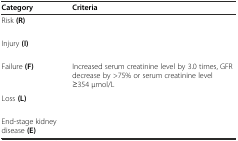
<table><thead><tr><td><b>Category</b></td><td><b>Criteria</b></td></tr></thead><tbody><tr><td>Risk <b>(R)</b></td><td>[EMPTY_CELL]</td></tr><tr><td>Injury <b>(I)</b></td><td>[EMPTY_CELL]</td></tr><tr><td>Failure <b>(F)</b></td><td>Increased serum creatinine level by 3.0 times, GFR decrease by &gt;75% or serum creatinine level ≥354 μmol/L</td></tr><tr><td>Loss <b>(L)</b></td><td>[EMPTY_CELL]</td></tr><tr><td>End-stage kidney disease <b>(E)</b></td><td>[EMPTY_CELL]</td></tr></tbody></table>